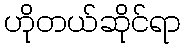
ဟိုတယ်ဆိုင်ရာ